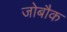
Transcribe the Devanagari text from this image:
जोबौक